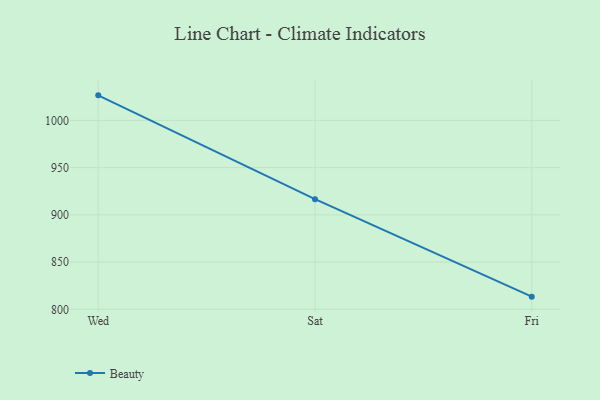
{"axis": {"x": "Day", "y": "Inventory Turnover"}, "legend": ["Beauty"], "data": [{"x": "Wed", "y": 1026.5, "type": "Beauty"}, {"x": "Sat", "y": 916.6, "type": "Beauty"}, {"x": "Fri", "y": 813.4, "type": "Beauty"}]}